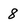
Character: 8